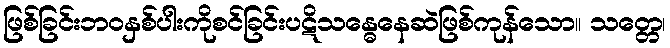
ဖြစ်ခြင်းဘဝနှစ်ပါးကိုစင်ခြင်းပဋိသန္ဓေနေဆဲဖြစ်ကုန်သော။ သတ္တေ၊